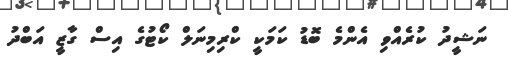
ނަޝީދު ކުރެއްވި އެންމެ ބޮޑު ކަމަކީ ކްރިމިނަލް ކޯޓުގެ އިސް ގާޒީ އަބްދު